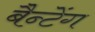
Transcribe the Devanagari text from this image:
बैन्टेंग